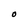
Character: O